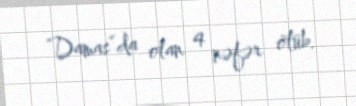
“Damas”da olan 4 nəfər ölüb.